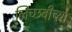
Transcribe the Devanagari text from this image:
लिच्छवीच्या